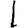
Digit: 1